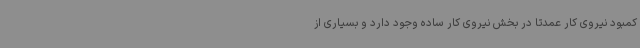
کمبود نیروی کار عمدتاً در بخش نیروی کار ساده وجود دارد و بسیاری از